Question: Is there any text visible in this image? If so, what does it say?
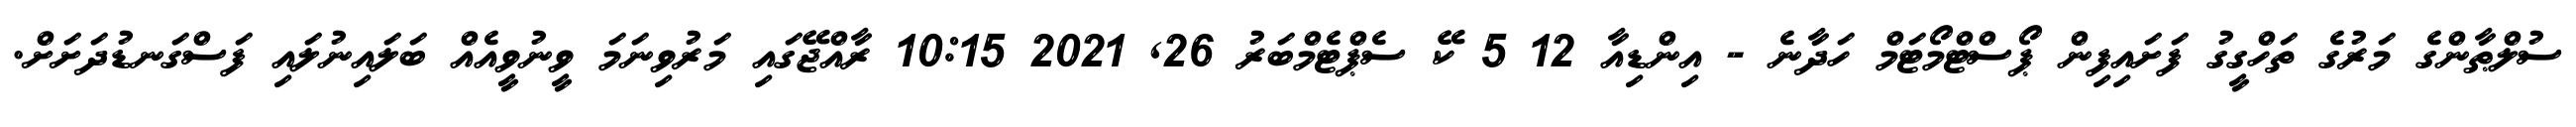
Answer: ސުލްޠާންގެ މަރުގެ ތަހްގީގު ފަށައިފިން ޕޯސްޓްމޯޓަމް ހަދާނެ - އިންޑިއާ 12 5 ކޭ ސެޕްޓެމްބަރު 26, 2021 10:15 ރާއްޖޭގައި މަރުވިނަމަ ވީނުވީއެއް ބަލައިނުލައި ފަސްގަނޑުދަށަށް.